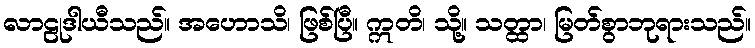
လာဠုဒါယီသည်။ အဟောသိ၊ ဖြစ်ပြီ။ ဣတိ၊ သို့။ သတ္ထာ၊ မြတ်စွာဘုရားသည်။